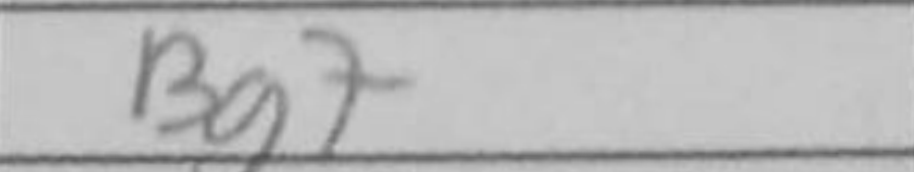
Transcription: Bg7